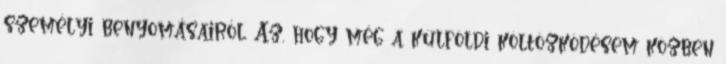
személyi benyomásairól. Az, hogy még a külföldi költözködésem közben